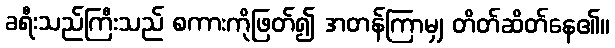
ခရီးသည်ကြီးသည် စကားကိုဖြတ်၍ အတန်ကြာမျှ တိတ်ဆိတ်နေ၏။